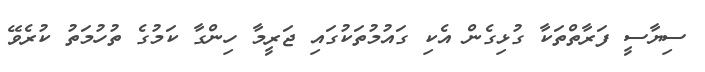
ސިޔާސީ ފަރާތްތަކާ ގުޅިގެން އެކި ގައުމުތަކުގައި ޖަރީމާ ހިންގާ ކަމުގެ ތުހުމަތު ކުރެވޭ